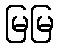
မြမြ